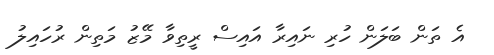
އެ ތަން ބަލަން ހުރި ނައިރާ އައިސް ރީތިވާ މޭޒު މަތިން ރުހައިލު